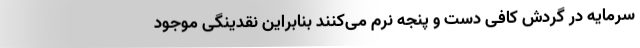
سرمایه در گردش کافی دست و پنجه نرم می‌کنند بنابراین نقدینگی موجود